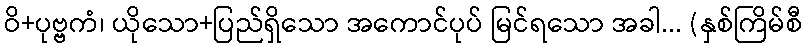
ဝိ+ပုဗ္ဗကံ၊ ယိုသော+ပြည်ရှိသော အကောင်ပုပ် မြင်ရသော အခါ... (နှစ်ကြိမ်စီ